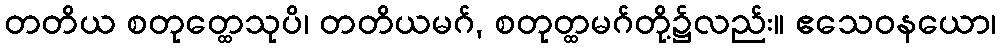
တတိယ စတုတ္ထေသုပိ၊ တတိယမဂ်, စတုတ္ထမဂ်တို့၌လည်း။ ဧသေဝနယော၊